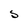
Character: S